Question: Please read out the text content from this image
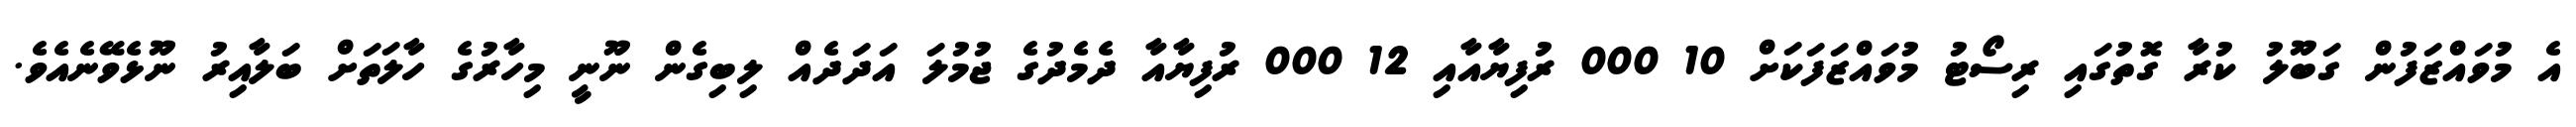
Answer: އެ މުވައްޒަފުން ގަބޫލު ކުރާ ގޮތުގައި ރިސޯޓު މުވައްޒަފަކަށް 10 000 ރުފިޔާއާއި 12 000 ރުފިޔާއާ ދެމެދުގެ ޖުމުލަ އަދަދެއް ލިބިގެން ނޫނީ މިހާރުގެ ހާލަތަށް ބަލާއިރު ނޫޅެވޭނެއެވެ.